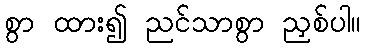
စွာ ထား၍ ညင်သာစွာ ညှစ်ပါ။